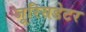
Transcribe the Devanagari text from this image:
जूरिसडेटर